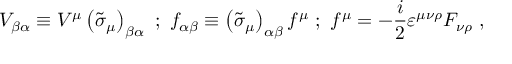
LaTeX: V _ { \beta \alpha } \equiv V ^ { \mu } \left( \widetilde { \sigma } _ { \mu } \right) _ { \beta \alpha } \mathrm { ~ } ; \mathrm { ~ } f _ { \alpha \beta } \equiv \left( \tilde { \sigma } _ { \mu } \right) _ { \alpha \beta } f ^ { \mu } \mathrm { ~ } ; \mathrm { ~ } f ^ { \mu } = - \frac i 2 \varepsilon ^ { \mu \nu \rho } F _ { \nu \rho } \mathrm { ~ } ,